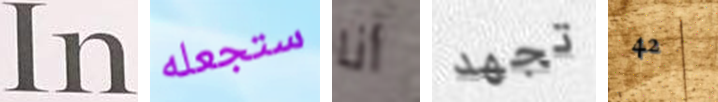
In ستجعله أنا تجهد 42